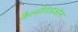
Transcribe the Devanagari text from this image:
कैल्सीडाइऑल